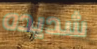
شديده